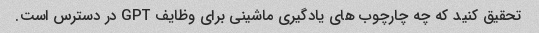
تحقیق کنید که چه چارچوب های یادگیری ماشینی برای وظایف GPT در دسترس است.